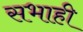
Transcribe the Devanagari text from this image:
सभाही